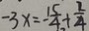
- 3 x = - \frac { 1 5 } { 4 } + \frac { 2 } { 4 }